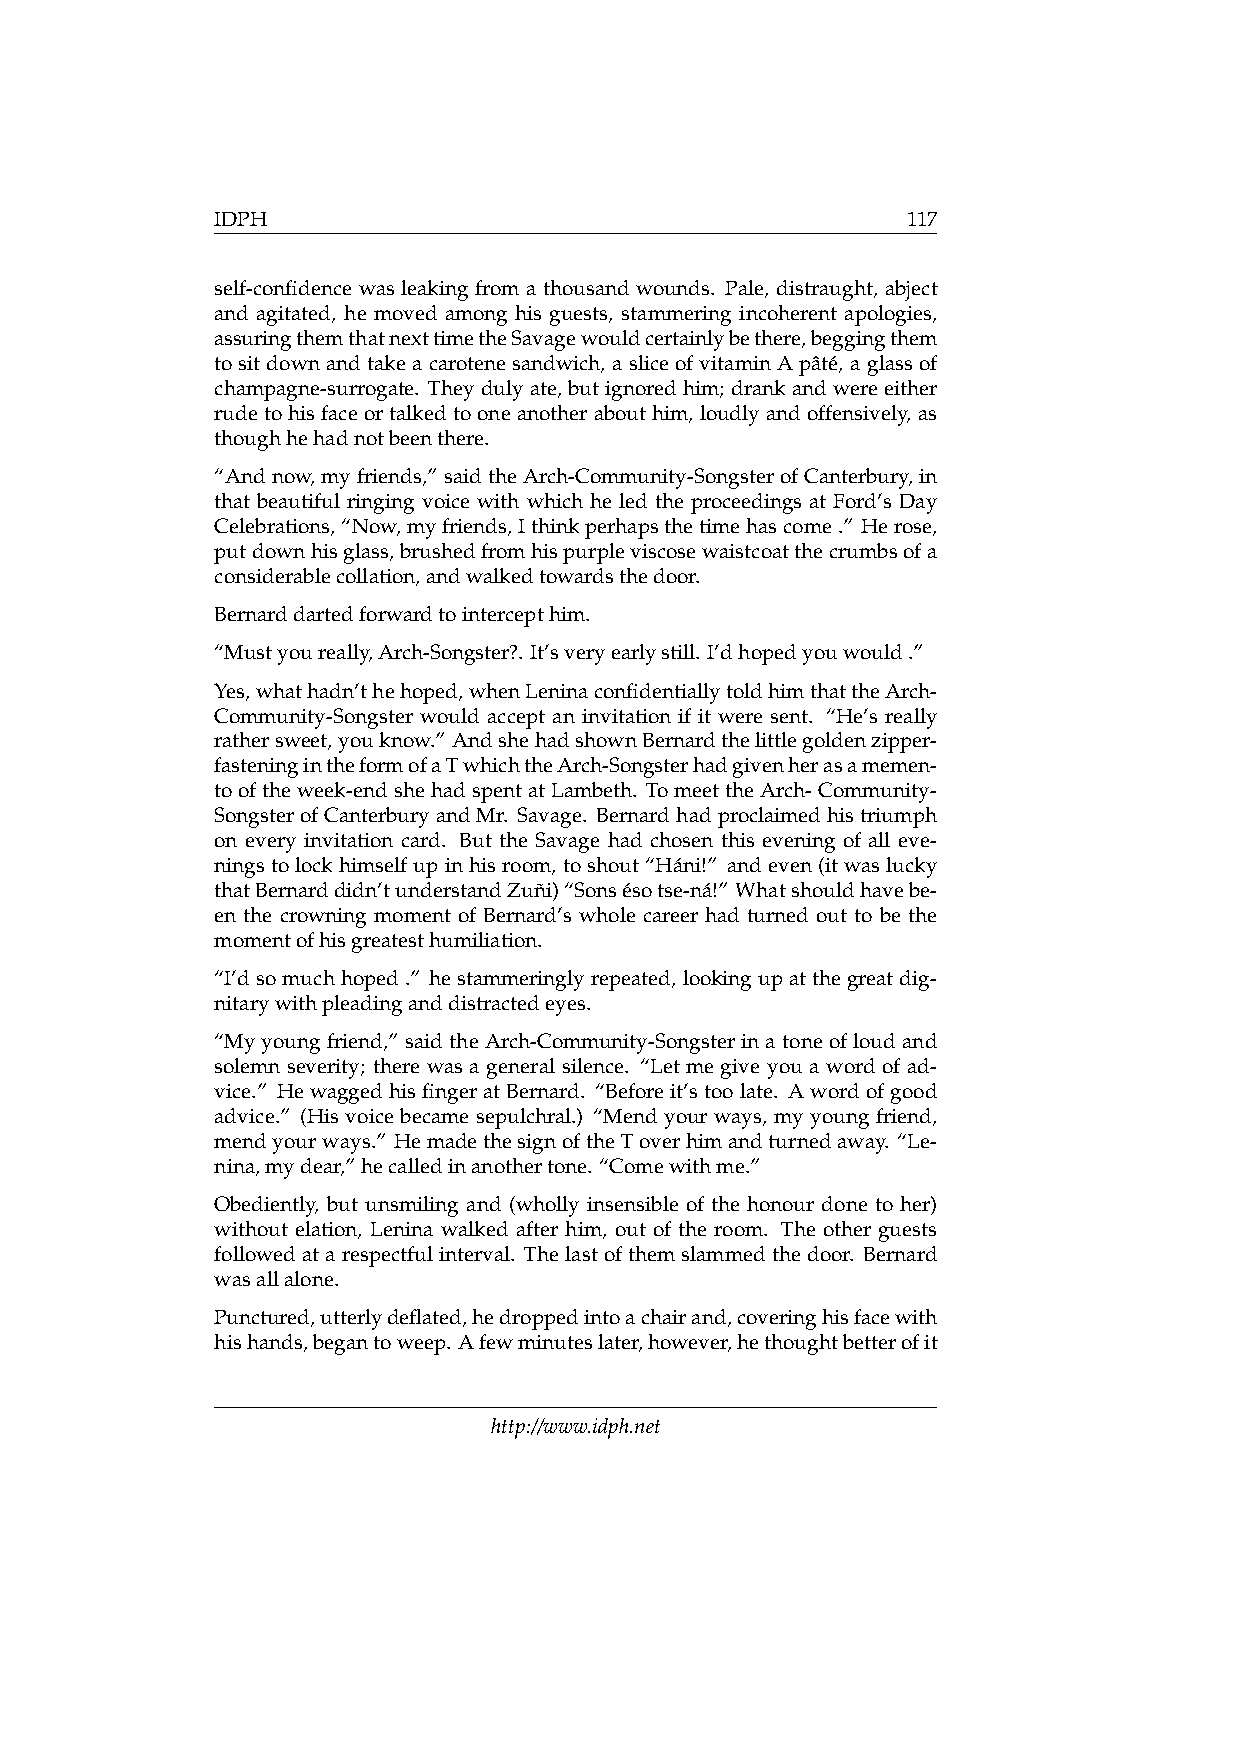
IDPH                                          117
 self-confidence was leaking from a thousand wounds. Pale, distraught, abject
 and agitated, he moved among his guests, stammering incoherent apologies,
 assuringthemthatnexttimetheSavagewouldcertainlybethere,beggingthem
 tositdownandtakeacarotenesandwich, asliceofvitaminApâté, aglassof
 champagne-surrogate. Theydulyate,butignoredhim; drankandwereeither
 rudetohisfaceortalkedtooneanotherabouthim, loudlyandoffensively, as
 thoughhehadnotbeenthere.
 “Andnow,myfriends,”saidtheArch-Community-SongsterofCanterbury,in
 that beautiful ringing voice with which he led the proceedings at Ford’s Day
 Celebrations,“Now,myfriends,Ithinkperhapsthetimehascome.” Herose,
 putdownhisglass,brushedfromhispurpleviscosewaistcoatthecrumbsofa
 considerablecollation,andwalkedtowardsthedoor.
 Bernarddartedforwardtointercepthim.
 “Mustyoureally,Arch-Songster?. It’sveryearlystill. I’dhopedyouwould.”
 Yes,whathadn’thehoped,whenLeninaconfidentiallytoldhimthattheArch-
 Community-Songster would accept an invitation if it were sent. “He’s really
 rathersweet,youknow.” AndshehadshownBernardthelittlegoldenzipper-
 fasteningintheformofaTwhichtheArch-Songsterhadgivenherasamemen-
 tooftheweek-endshehadspentatLambeth. TomeettheArch-Community-
 SongsterofCanterburyandMr. Savage. Bernardhadproclaimedhistriumph
 on every invitation card. But the Savage had chosen this evening of all eve-
 ningstolockhimselfupinhisroom, toshout“Háni!” andeven(itwaslucky
 thatBernarddidn’tunderstandZuñi)“Sonsésotse-ná!” Whatshouldhavebe-
 en the crowning moment of Bernard’s whole career had turned out to be the
 momentofhisgreatesthumiliation.
 “I’dsomuchhoped.” hestammeringlyrepeated,lookingupatthegreatdig-
 nitarywithpleadinganddistractedeyes.
 “Myyoungfriend,” saidtheArch-Community-Songsterinatoneofloudand
 solemn severity; there was a general silence. “Let me give you a word of ad-
 vice.” HewaggedhisfingeratBernard. “Beforeit’stoolate. Awordofgood
 advice.” (His voice became sepulchral.) “Mend your ways, my young friend,
 mendyourways.” HemadethesignoftheToverhimandturnedaway. “Le-
 nina,mydear,”hecalledinanothertone. “Comewithme.”
 Obediently, but unsmiling and (wholly insensible of the honour done to her)
 without elation, Lenina walked after him, out of the room. The other guests
 followedatarespectfulinterval. Thelastofthemslammedthedoor. Bernard
 wasallalone.
 Punctured,utterlydeflated,hedroppedintoachairand,coveringhisfacewith
 hishands,begantoweep. Afewminuteslater,however,hethoughtbetterofit
 http://www.idph.net